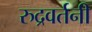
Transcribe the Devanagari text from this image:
रुद्रवर्तनी